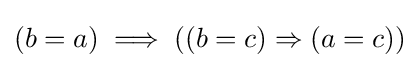
(b=a)\implies ((b=c)\Rightarrow (a=c))